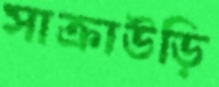
সাক্রাউড়ি